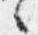
々